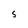
Character: 5